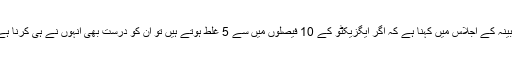
اعلیٰ سطح ذرائع کے مطابق وزیراعظم شاہد خاقان عباسی کا کابینہ کے اجلاس میں کہنا ہے کہ اگر ایگزیکٹو کے 10 فیصلوں میں سے 5 غلط ہوتے ہیں تو ان کو درست بھی انہوں نے ہی کرنا ہے،ایگزیکٹو کو خوف زدہ کیا جائے گا تو فیصلے کون کرے گا؟